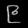
Digit: ၉